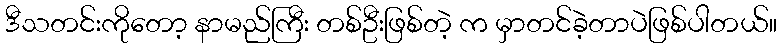
ဒီသတင်းကိုတော့ နာမည်ကြီး တစ်ဦးဖြစ်တဲ့ က မှာတင်ခဲ့တာပဲဖြစ်ပါတယ်။